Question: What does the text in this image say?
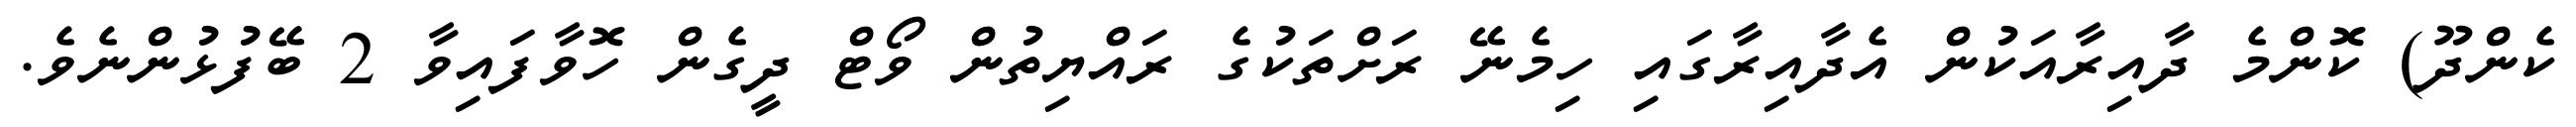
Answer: ކެންދޫ) ކޮންމެ ދާއިރާއަކުން އެދާއިރާގައި ހިމެނޭ ރަށްތަކުގެ ރައްޔިތުން ވޯޓް ދީގެން ހޮވާފައިވާ 2 ބޭފުޅުންނެވެ.